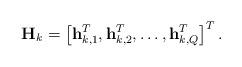
LaTeX: \begin{align*}\mathbf{H}_k = \left[\mathbf{h}_{k,1}^T, \mathbf{h}_{k,2}^T, \ldots , \mathbf{h}_{k,Q}^T \right]^T.\end{align*}